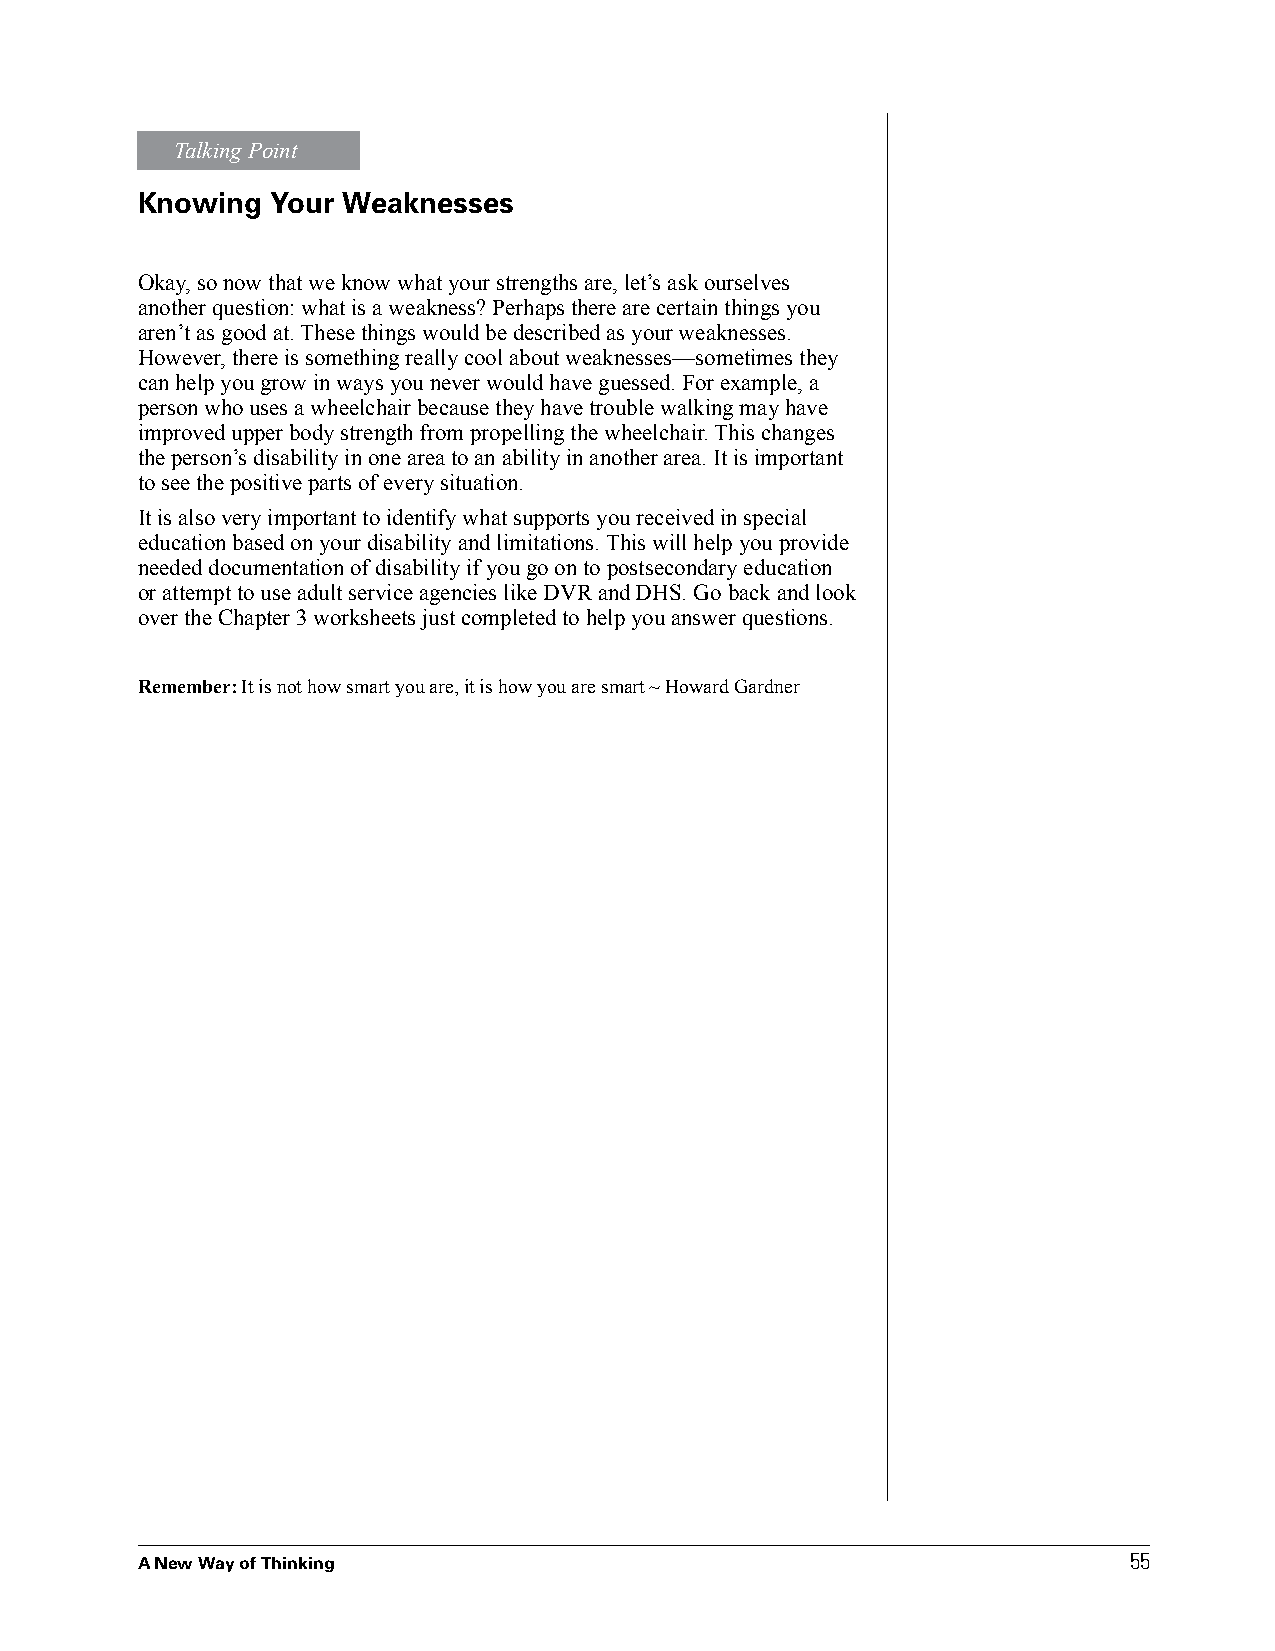
Talking Point
 Knowing  Your Weaknesses
 Okay, so now that we know what your strengths are, let’s ask ourselves
 another question: what is a weakness? Perhaps there are certain things you
 aren’t as good at. These things would be described as your weaknesses.
 However, there is something really cool about weaknesses—sometimes they
 can help you grow in ways you never would have guessed. For example, a
 person who uses a wheelchair because they have trouble walking may have
 improved upper body strength from propelling the wheelchair. This changes
 the person’s disability in one area to an ability in another area. It is important
 to see the positive parts of every situation.
 It is also very important to identify what supports you received in special
 education based on your disability and limitations. This will help you provide
 needed documentation of disability if you go on to postsecondary education
 or attempt to use adult service agencies like DVR and DHS. Go back and look
 over the Chapter 3 worksheets just completed to help you answer questions.
 Remember: It is not how smart you are, it is how you are smart ~ Howard Gardner
 55
 A New Way of Thinking